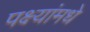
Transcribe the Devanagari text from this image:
पक्ष्यांमधे